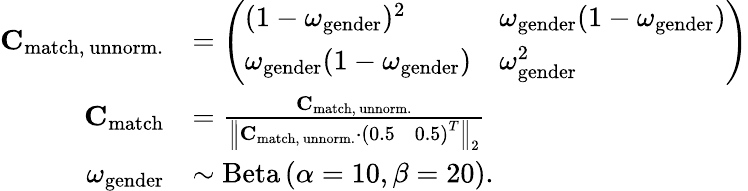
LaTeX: \begin{array}{rl}{\mathbf{C}_{\mathrm{match,~unnorm.}}}&{=\left(\begin{array}{ll}{(1-\omega_{\mathrm{gender}})^{2}}&{\omega_{\mathrm{gender}}(1-\omega_{\mathrm{gender}})}\\ {\omega_{\mathrm{gender}}(1-\omega_{\mathrm{gender}})}&{\omega_{\mathrm{gender}}^{2}}\end{array}\right)}\\ {\mathbf{C}_{\mathrm{match}}}&{=\frac{\mathbf{C}_{\mathrm{match,~unnorm.}}}{{\left\| \mathbf{C}_{\mathrm{match,~unnorm.}}\cdot\left(\begin{array}{ll}{0.5}&{0.5}\end{array}\right)^{T}\right\| }_{2}}}\\ {\omega_{\mathrm{gender}}}&{\sim\mathrm{Beta}\left(\alpha=10,\beta=20\right).}\end{array}